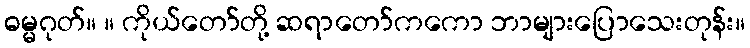
ဓမ္မဂုတ်။ ။ ကိုယ်တော်တို့ ဆရာတော်ကကော ဘာများပြောသေးတုန်း။